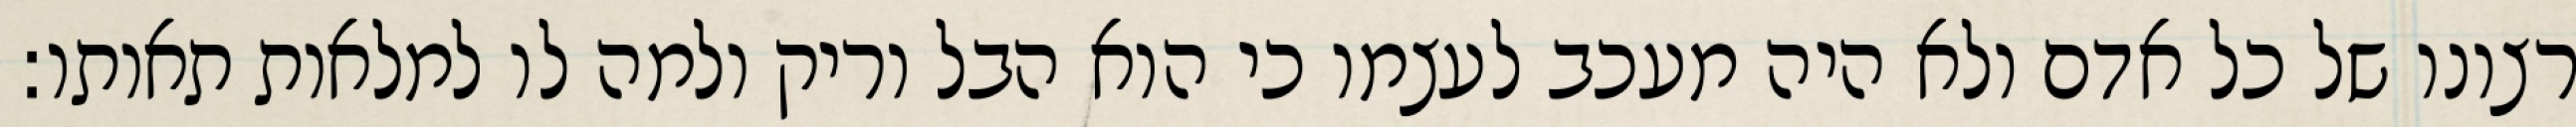
רצונו של כל אדם ולא היה מעכב לעצמו כי הוא הבל וריק ולמה לו למלאות תאותו: